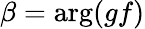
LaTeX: \beta=\arg(gf)